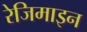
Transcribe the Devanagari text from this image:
रेजिमाइन